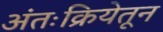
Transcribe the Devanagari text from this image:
अंतःक्रियेतून